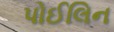
પોઈલિન